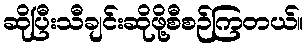
ဆိုပြီးသီချင်းဆိုဖို့စီစဉ်ကြတယ်။